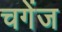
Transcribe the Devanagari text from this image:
चगेंज